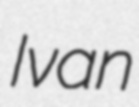
Ivan